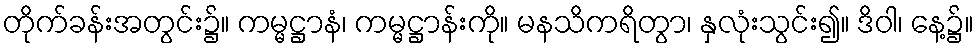
တိုက်ခန်းအတွင်း၌။ ကမ္မဋ္ဌာနံ၊ ကမ္မဋ္ဌာန်းကို။ မနသိကရိတွာ၊ နှလုံးသွင်း၍။ ဒိဝါ၊ နေ့၌။